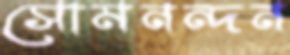
সোমনন্দন